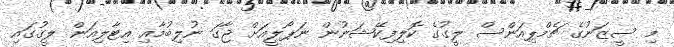
މި ސީޒަނުގެ ޗެމްޕިއަންސް ލީގުގެ ކޮލިފިކޭޝަނުން ނަޕޯލީއަށް ޖާގަ ނުލިބުމާއި އިޓާލިއަން ލީގުގައި